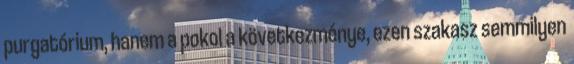
purgatórium, hanem a pokol a következménye, ezen szakasz semmilyen